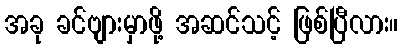
အခု ခင်ဗျားမှာဖို့ အဆင်သင့် ဖြစ်ပြီလား။